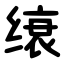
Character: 缞